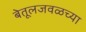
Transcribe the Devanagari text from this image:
बेतूलजवळच्या